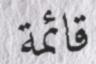
قائمة